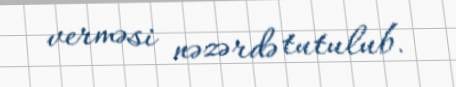
verməsi nəzərdə tutulub.